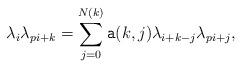
LaTeX: \begin{align*}\lambda_i\lambda_{pi+k}=\sum_{j=0}^{N(k)} {\tt a}(k,j)\lambda_{i+k-j}\lambda_{pi+j},\end{align*}